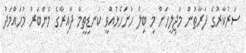
ސަރުކާރުގެ ފަރާތުން މަޖިލީހަށް މި ބިލް ހުށަހެޅުއްވީ ކަނޑިތީމް ދާއިރާގެ މެންބަރު މުހައްމަދު